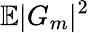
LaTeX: \mathbb{E}|G_{m}|^{2}